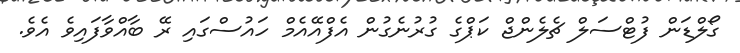
ގޯލްޑަން ފުޓްސަލް ޗެލެންޖް ކަޕްގެ ގުރުނެގުން އެފްއޭއެމް ހައުސްގައި ރޭ ބާއްވާފައިވެ އެވެ.